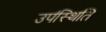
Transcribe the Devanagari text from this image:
उप॑स्थिति